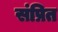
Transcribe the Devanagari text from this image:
संप्रित